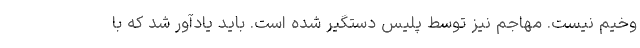
وخیم نیست. مهاجم نیز توسط پلیس دستگیر شده است. باید یادآور شد که با